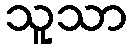
သူသာ